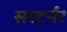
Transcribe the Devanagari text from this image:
सरटर्नर